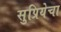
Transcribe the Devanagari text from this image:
सुप्रियेचा